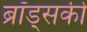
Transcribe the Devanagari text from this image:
ब्रॉड्सकी